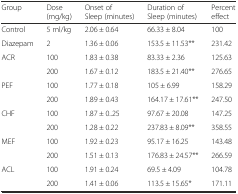
<table><thead><tr><td><b>Group</b></td><td><b>Dose (mg/kg)</b></td><td><b>Onset of Sleep (minutes)</b></td><td><b>Duration of Sleep (minutes)</b></td><td><b>Percent effect</b></td></tr></thead><tbody><tr><td>Control</td><td>5 ml/kg</td><td>2.06 ± 0.64</td><td>66.33 ± 8.04</td><td>100</td></tr><tr><td>Diazepam</td><td>2</td><td>1.36 ± 0.06</td><td>153.5 ± 11.53**</td><td>231.42</td></tr><tr><td rowspan="2">ACR</td><td>100</td><td>1.83 ± 0.38</td><td>83.33 ± 2.36</td><td>125.63</td></tr><tr><td>200</td><td>1.67 ± 0.12</td><td>183.5 ± 21.40**</td><td>276.65</td></tr><tr><td rowspan="2">PEF</td><td>100</td><td>1.77 ± 0.18</td><td>105 ± 6.99</td><td>158.29</td></tr><tr><td>200</td><td>1.89 ± 0.43</td><td>164.17 ± 17.61**</td><td>247.50</td></tr><tr><td rowspan="2">CHF</td><td>100</td><td>1.87 ± 0..25</td><td>97.67 ± 20.08</td><td>147.25</td></tr><tr><td>200</td><td>1.28 ± 0.22</td><td>237.83 ± 8.09**</td><td>358.55</td></tr><tr><td rowspan="2">MEF</td><td>100</td><td>1.92 ± 0.23</td><td>95.17 ± 16.25</td><td>143.48</td></tr><tr><td>200</td><td>1.51 ± 0.13</td><td>176.83 ± 24.57**</td><td>266.59</td></tr><tr><td rowspan="2">ACL</td><td>100</td><td>1.91 ± 0.24</td><td>69.5 ± 4.09</td><td>104.78</td></tr><tr><td>200</td><td>1.41 ± 0.06</td><td>113.5 ± 15.65*</td><td>171.11</td></tr></tbody></table>